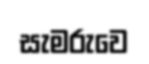
සැමරුවෙ